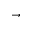
\rightarrow